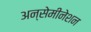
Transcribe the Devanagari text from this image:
अन्सेमीनेशन